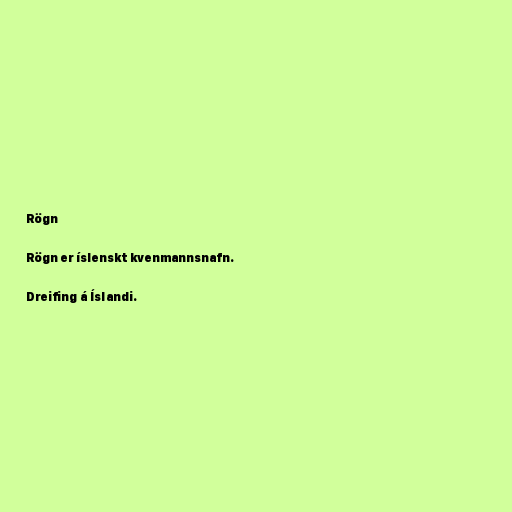
Rögn

Rögn er íslenskt kvenmannsnafn.

Dreifing á Íslandi.